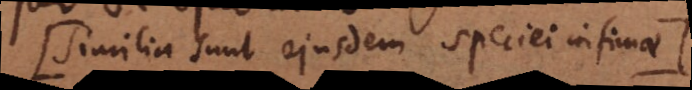
Similia sunt ejusdem speciei infimae